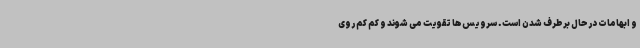
و ابهامات درحال برطرف شدن است. سرویس‌ها تقویت می شوند و کم کم روی